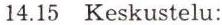
14.15 Keskustelu: